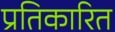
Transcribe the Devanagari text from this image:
प्रतिकारित